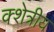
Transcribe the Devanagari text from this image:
क्शेत्रीय